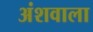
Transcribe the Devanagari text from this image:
अंशवाला